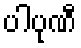
ပါပုဏီ